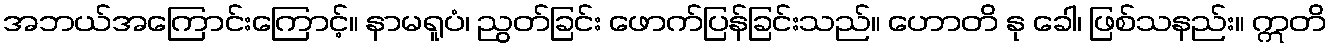
အဘယ်အကြောင်းကြောင့်။ နာမရူပံ၊ ညွတ်ခြင်း ဖောက်ပြန်ခြင်းသည်။ ဟောတိ နု ခေါ၊ ဖြစ်သနည်း။ ဣတိ